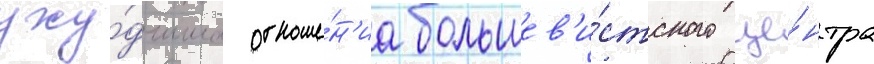
уху́дшило отноше́н'иа большев'и́стского це́нтра